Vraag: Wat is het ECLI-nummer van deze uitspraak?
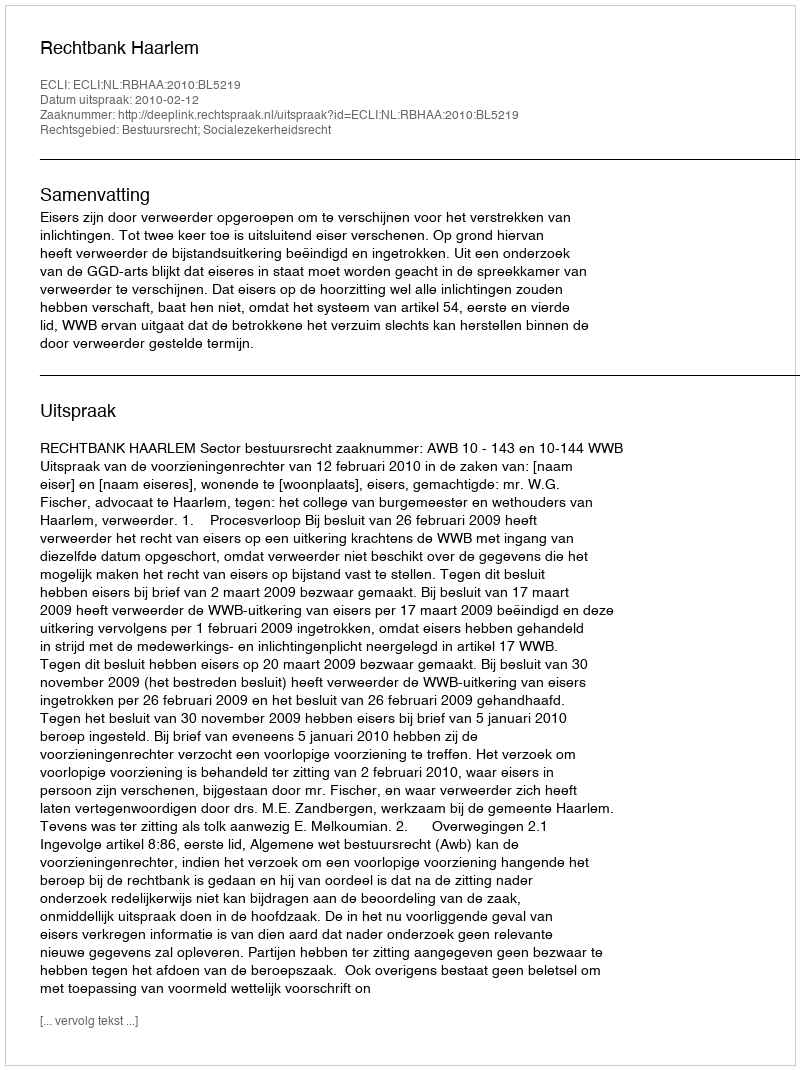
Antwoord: ECLI:NL:RBHAA:2010:BL5219